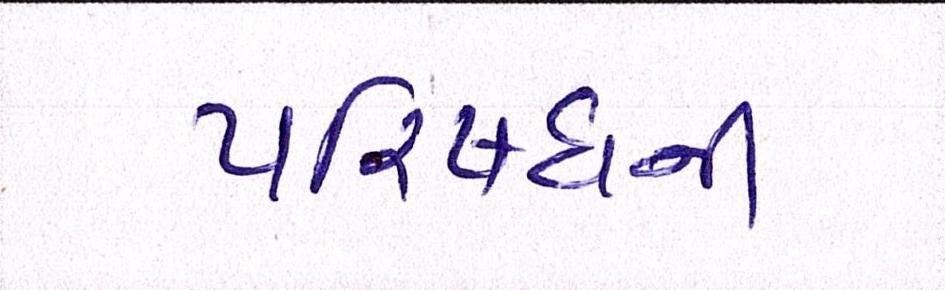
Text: પરિષધની